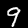
Label: 9